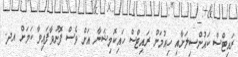
ރައިޓްސް ކައުންސިލަށާއި ހިއުމަން ރައިޓްސް ހައިކޮމިޝަނާ އަށް ވެސް ފޮނުވާފައިވާ ކަމަށް އދ.